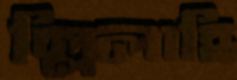
ল্লিলাহি